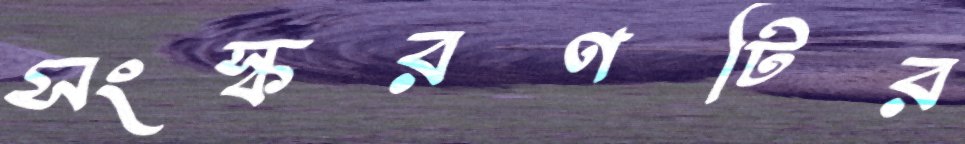
সংস্করণটির